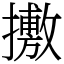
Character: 㩤